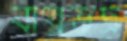
বীরভদ্র